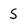
Character: 5